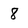
Character: 8